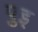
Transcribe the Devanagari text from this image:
पुइ